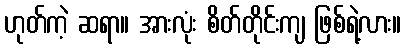
ဟုတ်ကဲ့ ဆရာ။ အားလုံး စိတ်တိုင်းကျ ဖြစ်ရဲ့လား။